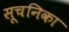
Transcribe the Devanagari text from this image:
सूचनिका